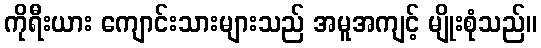
ကိုရီးယား ကျောင်းသားများသည် အမူအကျင့် မျိုးစုံသည်။